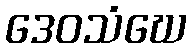
ဒေဝသံဃေ